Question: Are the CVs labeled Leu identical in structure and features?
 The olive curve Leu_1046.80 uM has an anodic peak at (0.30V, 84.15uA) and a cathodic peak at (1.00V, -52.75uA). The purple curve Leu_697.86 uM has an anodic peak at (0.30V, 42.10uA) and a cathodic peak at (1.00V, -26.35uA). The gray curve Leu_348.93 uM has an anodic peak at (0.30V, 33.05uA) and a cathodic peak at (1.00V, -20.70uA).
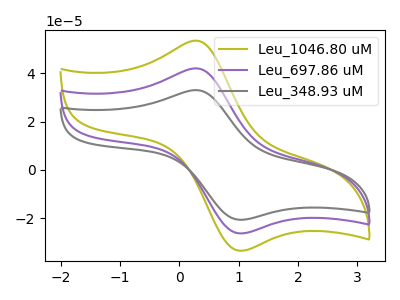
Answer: <think>All the peaks in "Leu_1046.80 uM" have a peak in "Leu_697.86 uM" at the same potential. Every peak in "Leu_1046.80 uM" is higher than every peak in "Leu_697.86 uM". All the peaks in "Leu_1046.80 uM" have a peak in "Leu_348.93 uM" at the same potential. Every peak in "Leu_1046.80 uM" is higher than every peak in "Leu_348.93 uM". All the peaks in "Leu_697.86 uM" have a peak in "Leu_348.93 uM" at the same potential. Every peak in "Leu_697.86 uM" is higher than every peak in "Leu_348.93 uM".
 </think>
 <answer>All the CV's of "Leu" have similar shape.</answer>
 <eval>follow_rule</eval>